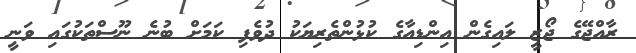
ރާއްޖޭގެ ޖޯޒީ ލައިގެން އިންޑިއާގެ ކުޅުންތެރިޔަކު ދުވެފި ކަމަށް ބުނެ ނޫސްތަކުގައި ވަނީ